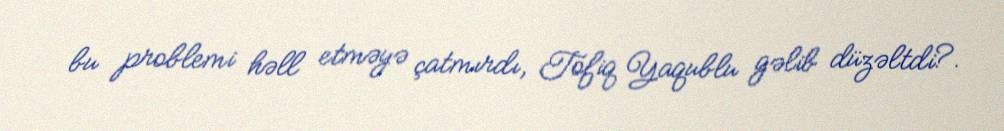
bu problemi həll etməyə çatmırdı, Tofiq Yaqublu gəlib düzəltdi?.